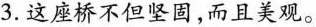
3. 这座桥不但坚固，而且美观。